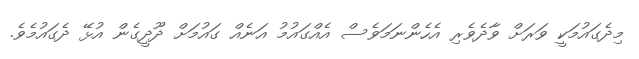
މިދެގައުމަކީ ވަރަށް ވާދެވެރި އެހެންނަމަވެސް އެއްގައުމު އަނެއް ގައުމަށް ދޫދީގެން އުޅޭ ދެގައުމެވެ.